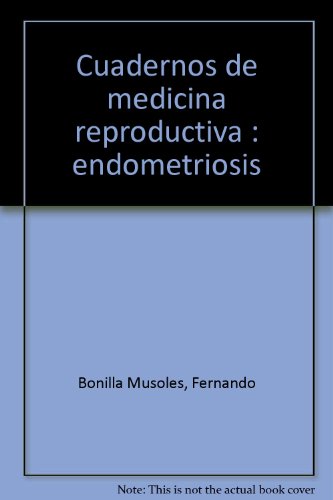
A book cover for Cuadernos de Medicina Reproductiva. Tomo 2/1995. Endometriosis; Pellicer / SimÃ³n; Health, Fitness & Dieting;